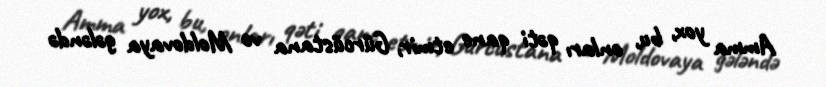
Amma yox, bu, onları qəti qane etmir, Gürcüstana və Moldovaya gələndə